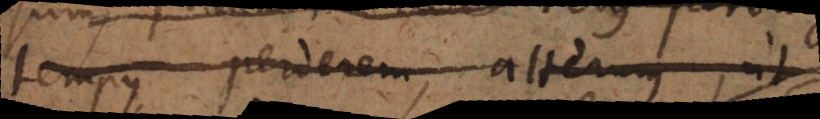
tempus perderem, alterum, ut